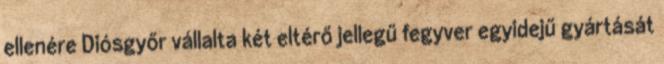
ellenére Diósgyőr vállalta két eltérő jellegű fegyver egyidejű gyártását